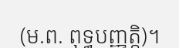
(ម.ព. ពុទ្ធបញ្ញត្តិ)។